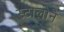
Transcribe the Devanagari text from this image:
स्टालोने